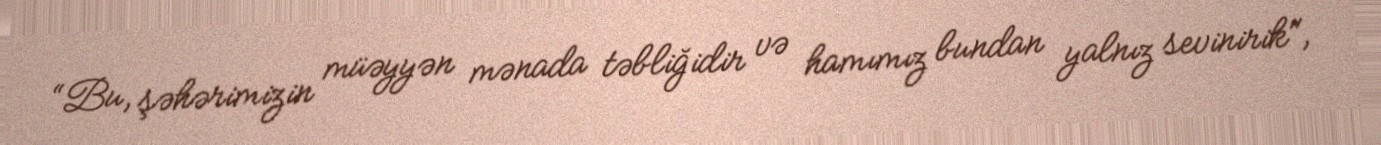
“Bu, şəhərimizin müəyyən mənada təbliğidir və hamımız bundan yalnız sevinirik",